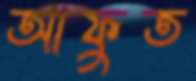
আফুত